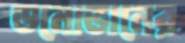
ডনোভানের